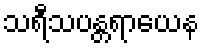
သရီသပန္တရာယေန